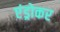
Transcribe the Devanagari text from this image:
एंड्रोकर